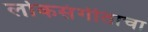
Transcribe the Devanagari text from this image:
लोकसंगीताचा